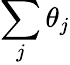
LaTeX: \sum_{j}\theta_{j}